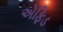
એફિડ